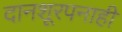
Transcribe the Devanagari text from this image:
दानशूरपनाही